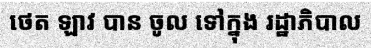
ថេត ឡាវ បាន ចូល ទៅក្នុង រដ្ឋាភិបាល